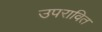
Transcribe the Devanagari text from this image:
उपरावित